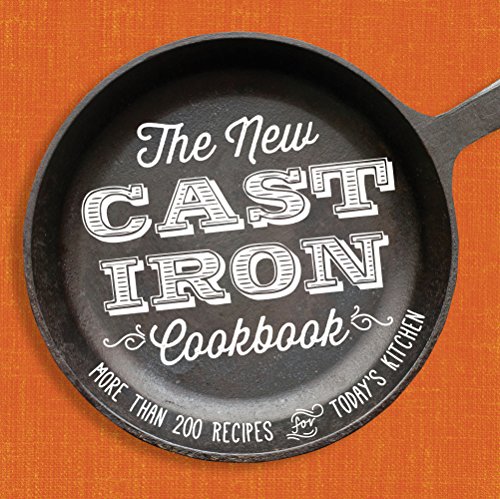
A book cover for The New Cast-Iron Cookbook: More Than 200 Recipes for Today's Kitchen; Adams Media; Cookbooks, Food & Wine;